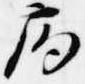
局